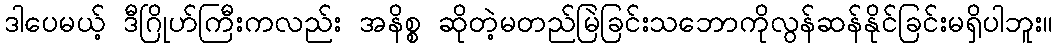
ဒါပေမယ့် ဒီဂြိုဟ်ကြီးကလည်း အနိစ္စ ဆိုတဲ့မတည်မြဲခြင်းသဘောကိုလွန်ဆန်နိုင်ခြင်းမရှိပါဘူး။